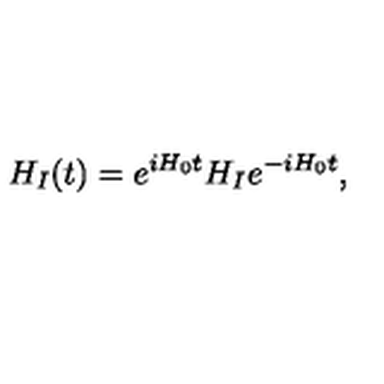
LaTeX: H _ { I } ( t ) = e ^ { i H _ { 0 } t } H _ { I } e ^ { - i H _ { 0 } t } ,